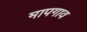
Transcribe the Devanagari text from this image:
मापगाव